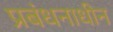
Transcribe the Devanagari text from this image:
प्रबंधनाधीन